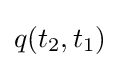
q(t_{2},t_{1})